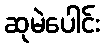
ဆုမဲပေါင်း